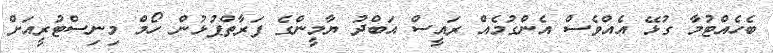
ބެހެއްޓުމާ ގުޅޭ އެއްވެސް އެންގުމެއް ރައީސް އަބްދު ޔާމީންގެ ފަރާތްޕުޅުން ހޯމް މިނިސްޓުރީއަށް